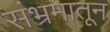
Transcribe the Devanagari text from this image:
संभ्रमातून